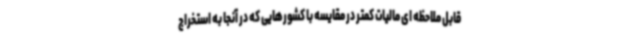
قابل ملاحظه ای مالیات کمتر در مقایسه با کشورهایی که در آنجا به استخراج